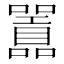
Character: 𭌪